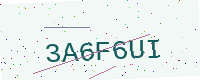
Text: 3A6F6UI